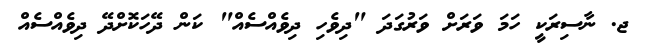
ޖ. ނާސިރަކީ ހަމަ ވަރަށް ވަރުގަދަ "ދިވެހި ދިވެއްސެއް" ކަން ދޭހަކޮށްދޭ ދިވެއްސެއް